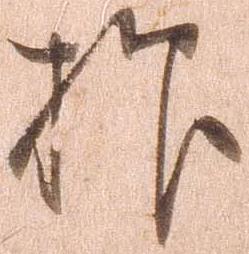
抑